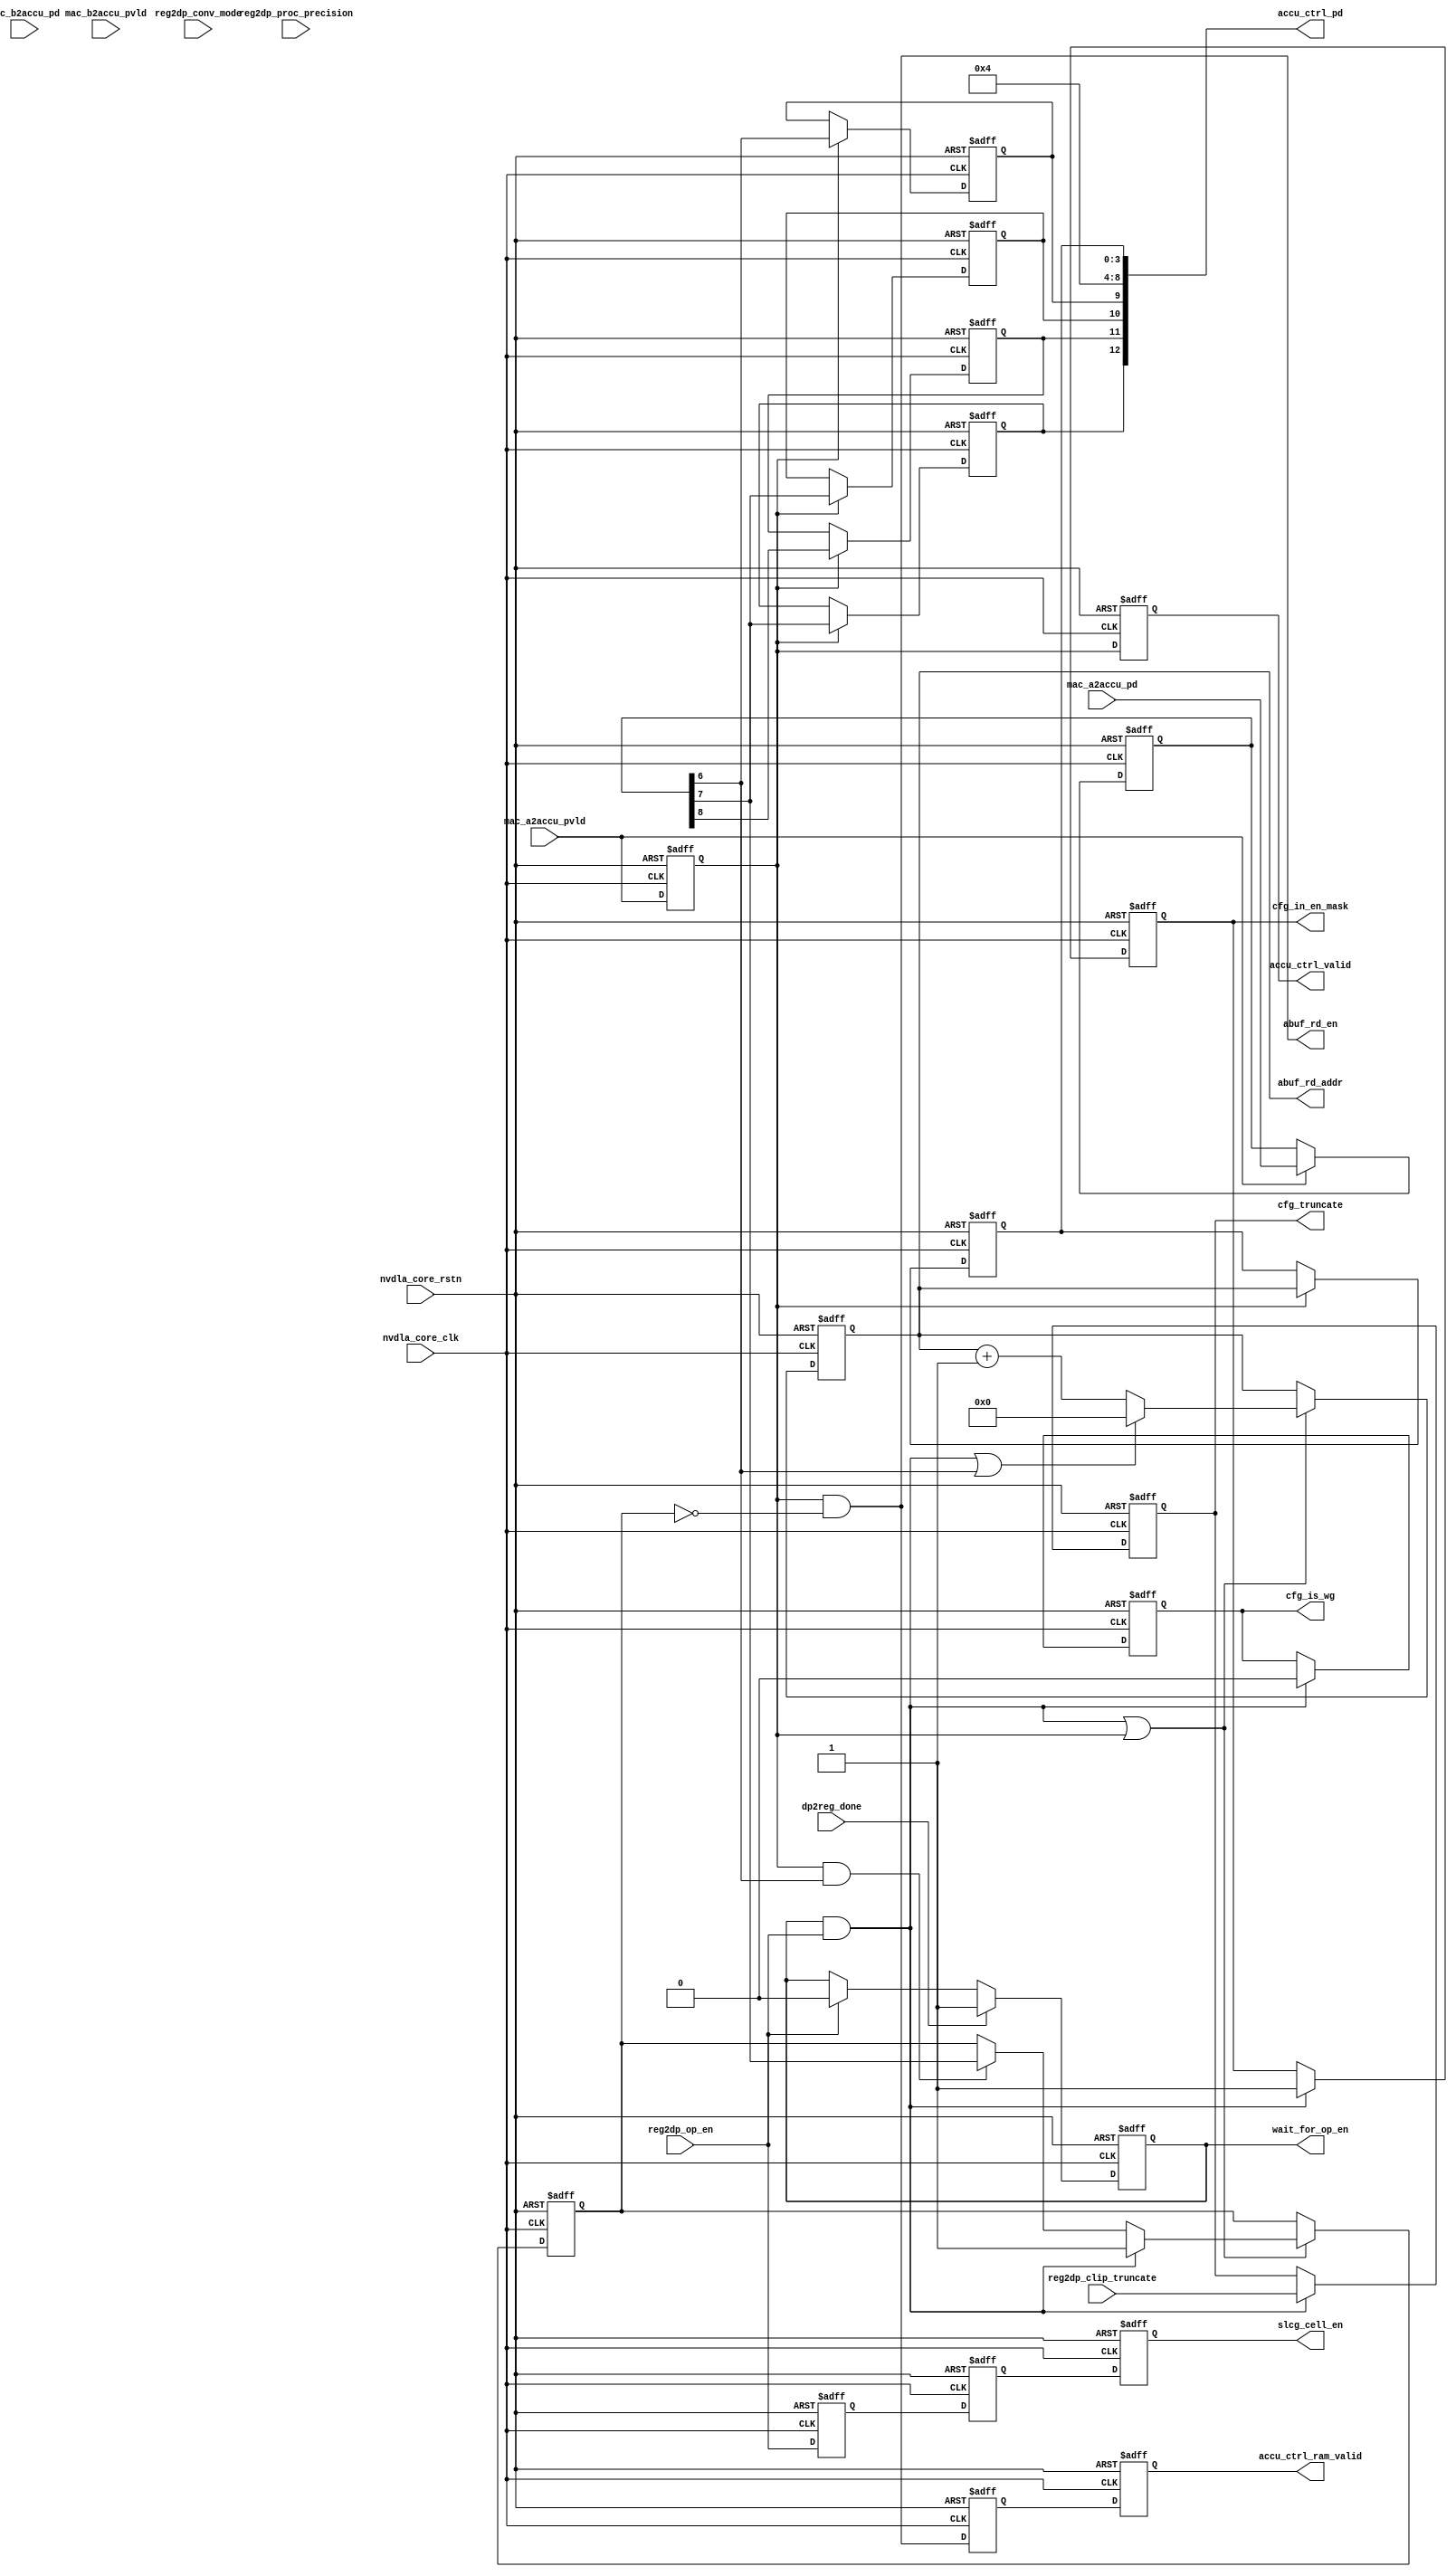
// ================================================================
// NVDLA Open Source Project
//
// Copyright(c) 2016 - 2017 NVIDIA Corporation. Licensed under the
// NVDLA Open Hardware License; Check "LICENSE" which comes with
// this distribution for more information.
// ================================================================
// ================================================================
// NVDLA Open Source Project
// 
// Copyright(c) 2016 - 2017 NVIDIA Corporation.  Licensed under the
// NVDLA Open Hardware License; Check "LICENSE" which comes with 
// this distribution for more information.
// ================================================================
module NV_NVDLA_CACC_assembly_ctrl (
   nvdla_core_clk
  ,nvdla_core_rstn
  ,dp2reg_done
  ,mac_a2accu_pd
  ,mac_a2accu_pvld
  ,mac_b2accu_pd
  ,mac_b2accu_pvld
  ,reg2dp_clip_truncate
  ,reg2dp_conv_mode
  ,reg2dp_op_en
  ,reg2dp_proc_precision
  ,abuf_rd_addr
  ,abuf_rd_en
  ,accu_ctrl_pd
  ,accu_ctrl_ram_valid
  ,accu_ctrl_valid
  ,cfg_in_en_mask
  ,cfg_is_wg
  ,cfg_truncate
  ,slcg_cell_en
  ,wait_for_op_en
  );
input [0:0] reg2dp_op_en;
input [0:0] reg2dp_conv_mode;
input [1:0] reg2dp_proc_precision;
input [4:0] reg2dp_clip_truncate;
output[3 +1 -1:0]abuf_rd_addr;
output abuf_rd_en;
input nvdla_core_clk;
input nvdla_core_rstn;
input dp2reg_done;
input [8:0] mac_a2accu_pd;
input mac_a2accu_pvld;
input [8:0] mac_b2accu_pd; //always equal mac_a2accu_pd
input mac_b2accu_pvld;
output [12:0] accu_ctrl_pd;
output accu_ctrl_ram_valid;
output accu_ctrl_valid;
output cfg_in_en_mask;
output cfg_is_wg;
output [4:0] cfg_truncate;
output slcg_cell_en;
output wait_for_op_en;
// spyglass disable_block NoWidthInBasedNum-ML
// spyglass disable_block STARC-2.10.1.6
// cross partition,1T
//: &eperl::flop("-q  accu_valid  -d \"mac_a2accu_pvld\" -clk nvdla_core_clk -rst nvdla_core_rstn -rval 0");
//: &eperl::flop("-wid 9 -q  accu_pd  -en \"mac_a2accu_pvld\" -d  \"mac_a2accu_pd\" -clk nvdla_core_clk -rst nvdla_core_rstn -rval 0");
//| eperl: generated_beg (DO NOT EDIT BELOW)
reg  accu_valid;
always @(posedge nvdla_core_clk or negedge nvdla_core_rstn) begin
   if (!nvdla_core_rstn) begin
       accu_valid <= 'b0;
   end else begin
       accu_valid <= mac_a2accu_pvld;
   end
end
reg [8:0] accu_pd;
always @(posedge nvdla_core_clk or negedge nvdla_core_rstn) begin
   if (!nvdla_core_rstn) begin
       accu_pd <= 'b0;
   end else begin
       if ((mac_a2accu_pvld) == 1'b1) begin
           accu_pd <= mac_a2accu_pd;
       // VCS coverage off
       end else if ((mac_a2accu_pvld) == 1'b0) begin
       end else begin
           accu_pd <= 'bx;
       // VCS coverage on
       end
   end
end

//| eperl: generated_end (DO NOT EDIT ABOVE)
//////////////////////////////////////////////////////////////
///// generator input status signal                      /////
//////////////////////////////////////////////////////////////
wire accu_stripe_st = accu_pd[5];
wire accu_stripe_end = accu_pd[6];
wire accu_channel_end = accu_pd[7];
wire accu_layer_end = accu_pd[8];
wire is_int8 = (reg2dp_proc_precision == 2'h0);
wire is_winograd = 1'b0;
// SLCG
wire slcg_cell_en_w = reg2dp_op_en;
//: &eperl::flop(" -q  slcg_cell_en_d1  -d \"slcg_cell_en_w\" -clk nvdla_core_clk -rst nvdla_core_rstn -rval 0");
//: &eperl::flop(" -q  slcg_cell_en_d2  -d \"slcg_cell_en_d1\" -clk nvdla_core_clk -rst nvdla_core_rstn -rval 0");
//: &eperl::flop(" -q  slcg_cell_en_d3  -d \"slcg_cell_en_d2\" -clk nvdla_core_clk -rst nvdla_core_rstn -rval 0");
//| eperl: generated_beg (DO NOT EDIT BELOW)
reg  slcg_cell_en_d1;
always @(posedge nvdla_core_clk or negedge nvdla_core_rstn) begin
   if (!nvdla_core_rstn) begin
       slcg_cell_en_d1 <= 'b0;
   end else begin
       slcg_cell_en_d1 <= slcg_cell_en_w;
   end
end
reg  slcg_cell_en_d2;
always @(posedge nvdla_core_clk or negedge nvdla_core_rstn) begin
   if (!nvdla_core_rstn) begin
       slcg_cell_en_d2 <= 'b0;
   end else begin
       slcg_cell_en_d2 <= slcg_cell_en_d1;
   end
end
reg  slcg_cell_en_d3;
always @(posedge nvdla_core_clk or negedge nvdla_core_rstn) begin
   if (!nvdla_core_rstn) begin
       slcg_cell_en_d3 <= 'b0;
   end else begin
       slcg_cell_en_d3 <= slcg_cell_en_d2;
   end
end

//| eperl: generated_end (DO NOT EDIT ABOVE)
wire slcg_cell_en = slcg_cell_en_d3;
// get layer operation begin
wire wait_for_op_en_w = dp2reg_done ? 1'b1 : reg2dp_op_en ? 1'b0 : wait_for_op_en;
//: &eperl::flop(" -q  wait_for_op_en  -d \"wait_for_op_en_w\" -clk nvdla_core_clk -rst nvdla_core_rstn -rval 1");
//| eperl: generated_beg (DO NOT EDIT BELOW)
reg  wait_for_op_en;
always @(posedge nvdla_core_clk or negedge nvdla_core_rstn) begin
   if (!nvdla_core_rstn) begin
       wait_for_op_en <= 1;
   end else begin
       wait_for_op_en <= wait_for_op_en_w;
   end
end

//| eperl: generated_end (DO NOT EDIT ABOVE)
// get address and other contrl
reg cfg_winograd;
reg [3 +1 -1:0] accu_cnt;
wire [3 +1 -1:0] accu_cnt_w;
wire [3 +1 -1:0] accu_cnt_inc;
wire mon_accu_cnt_inc;
reg accu_channel_st;
wire layer_st = wait_for_op_en & reg2dp_op_en;
assign {mon_accu_cnt_inc, accu_cnt_inc} = accu_cnt + 1'b1;
assign accu_cnt_w = (layer_st | accu_stripe_end) ? {3 +1{1'b0}} : accu_cnt_inc;
wire [3 +1 -1:0] accu_addr = accu_cnt;
wire accu_channel_st_w = layer_st ? 1'b1 : (accu_valid & accu_stripe_end) ? accu_channel_end : accu_channel_st;
wire accu_rd_en = accu_valid & (~accu_channel_st);
wire cfg_in_en_mask_w = 1'b1;
//: &eperl::flop("-q accu_ram_valid -d accu_rd_en");
//: &eperl::flop("-nodeclare -q  accu_cnt  -en \"layer_st | accu_valid\" -d  \"accu_cnt_w\" -clk nvdla_core_clk -rst nvdla_core_rstn -rval 0");
//: &eperl::flop("-nodeclare -q  accu_channel_st  -en \"layer_st | accu_valid\" -d  \"accu_channel_st_w\" -clk nvdla_core_clk -rst nvdla_core_rstn -rval 1");
//| eperl: generated_beg (DO NOT EDIT BELOW)
reg  accu_ram_valid;
always @(posedge nvdla_core_clk or negedge nvdla_core_rstn) begin
   if (!nvdla_core_rstn) begin
       accu_ram_valid <= 'b0;
   end else begin
       accu_ram_valid <= accu_rd_en;
   end
end
always @(posedge nvdla_core_clk or negedge nvdla_core_rstn) begin
   if (!nvdla_core_rstn) begin
       accu_cnt <= 'b0;
   end else begin
       if ((layer_st | accu_valid) == 1'b1) begin
           accu_cnt <= accu_cnt_w;
       // VCS coverage off
       end else if ((layer_st | accu_valid) == 1'b0) begin
       end else begin
           accu_cnt <= 'bx;
       // VCS coverage on
       end
   end
end
always @(posedge nvdla_core_clk or negedge nvdla_core_rstn) begin
   if (!nvdla_core_rstn) begin
       accu_channel_st <= 1;
   end else begin
       if ((layer_st | accu_valid) == 1'b1) begin
           accu_channel_st <= accu_channel_st_w;
       // VCS coverage off
       end else if ((layer_st | accu_valid) == 1'b0) begin
       end else begin
           accu_channel_st <= 'bx;
       // VCS coverage on
       end
   end
end

//| eperl: generated_end (DO NOT EDIT ABOVE)
wire accu_ctrl_valid_d0 = accu_valid;
wire accu_ram_valid_d0 = accu_ram_valid;
wire [3 +1 -1:0] accu_addr_d0 = accu_addr;
wire accu_stripe_end_d0 = accu_stripe_end;
wire accu_channel_end_d0 = accu_channel_end;
wire accu_layer_end_d0 = accu_layer_end;
//: &eperl::flop("-nodeclare -q  cfg_winograd  -en \"layer_st\" -d  \"is_winograd\" -clk nvdla_core_clk -rst nvdla_core_rstn -rval 0");
//: &eperl::flop("-wid 5 -q  cfg_truncate  -en \"layer_st\" -d  \"reg2dp_clip_truncate\" -clk nvdla_core_clk -rst nvdla_core_rstn -rval 0");
//: &eperl::flop(" -q  cfg_is_wg  -en \"layer_st\" -d  \"is_winograd\" -clk nvdla_core_clk -rst nvdla_core_rstn -rval 0");
//: &eperl::flop(" -q  cfg_in_en_mask  -en \"layer_st\" -d  \"cfg_in_en_mask_w\" -clk nvdla_core_clk -rst nvdla_core_rstn -rval 0");
//| eperl: generated_beg (DO NOT EDIT BELOW)
always @(posedge nvdla_core_clk or negedge nvdla_core_rstn) begin
   if (!nvdla_core_rstn) begin
       cfg_winograd <= 'b0;
   end else begin
       if ((layer_st) == 1'b1) begin
           cfg_winograd <= is_winograd;
       // VCS coverage off
       end else if ((layer_st) == 1'b0) begin
       end else begin
           cfg_winograd <= 'bx;
       // VCS coverage on
       end
   end
end
reg [4:0] cfg_truncate;
always @(posedge nvdla_core_clk or negedge nvdla_core_rstn) begin
   if (!nvdla_core_rstn) begin
       cfg_truncate <= 'b0;
   end else begin
       if ((layer_st) == 1'b1) begin
           cfg_truncate <= reg2dp_clip_truncate;
       // VCS coverage off
       end else if ((layer_st) == 1'b0) begin
       end else begin
           cfg_truncate <= 'bx;
       // VCS coverage on
       end
   end
end
reg  cfg_is_wg;
always @(posedge nvdla_core_clk or negedge nvdla_core_rstn) begin
   if (!nvdla_core_rstn) begin
       cfg_is_wg <= 'b0;
   end else begin
       if ((layer_st) == 1'b1) begin
           cfg_is_wg <= is_winograd;
       // VCS coverage off
       end else if ((layer_st) == 1'b0) begin
       end else begin
           cfg_is_wg <= 'bx;
       // VCS coverage on
       end
   end
end
reg  cfg_in_en_mask;
always @(posedge nvdla_core_clk or negedge nvdla_core_rstn) begin
   if (!nvdla_core_rstn) begin
       cfg_in_en_mask <= 'b0;
   end else begin
       if ((layer_st) == 1'b1) begin
           cfg_in_en_mask <= cfg_in_en_mask_w;
       // VCS coverage off
       end else if ((layer_st) == 1'b0) begin
       end else begin
           cfg_in_en_mask <= 'bx;
       // VCS coverage on
       end
   end
end

//| eperl: generated_end (DO NOT EDIT ABOVE)
wire abuf_rd_en = accu_rd_en;
wire [3 +1 -1:0] abuf_rd_addr = accu_addr;
// regout
//: my $kk=3 +1;
//: &eperl::flop(" -q  accu_ctrl_valid  -d \"accu_ctrl_valid_d0\" -clk nvdla_core_clk -rst nvdla_core_rstn -rval 0");
//: &eperl::flop(" -q  accu_ctrl_ram_valid  -d \"accu_ram_valid_d0\" -clk nvdla_core_clk -rst nvdla_core_rstn -rval 0");
//: &eperl::flop("-wid ${kk} -q  accu_ctrl_addr  -en \"accu_ctrl_valid_d0\" -d  \"accu_addr_d0\" -clk nvdla_core_clk -rst nvdla_core_rstn -rval 0");
//: &eperl::flop(" -q  accu_ctrl_stripe_end  -en \"accu_ctrl_valid_d0\" -d  \"accu_stripe_end_d0\" -clk nvdla_core_clk -rst nvdla_core_rstn -rval 0");
//: &eperl::flop(" -q  accu_ctrl_channel_end  -en \"accu_ctrl_valid_d0\" -d  \"accu_channel_end_d0\" -clk nvdla_core_clk -rst nvdla_core_rstn -rval 0");
//: &eperl::flop(" -q  accu_ctrl_layer_end  -en \"accu_ctrl_valid_d0\" -d  \"accu_layer_end_d0\" -clk nvdla_core_clk -rst nvdla_core_rstn -rval 0");
//: &eperl::flop(" -q  accu_ctrl_dlv_elem_mask  -en \"accu_ctrl_valid_d0\" -d  \"accu_channel_end_d0\" -clk nvdla_core_clk -rst nvdla_core_rstn -rval 0");
//: my $jj=6-$kk;
//: if ($jj==0) {
//: print "assign       accu_ctrl_pd[5:0]  =     {accu_ctrl_addr}; \n";
//: }
//: elsif ($jj>0) {
//: print "assign       accu_ctrl_pd[5:0]  =     {{${jj}{1'b0}},accu_ctrl_addr}; \n";
//: }
//| eperl: generated_beg (DO NOT EDIT BELOW)
reg  accu_ctrl_valid;
always @(posedge nvdla_core_clk or negedge nvdla_core_rstn) begin
   if (!nvdla_core_rstn) begin
       accu_ctrl_valid <= 'b0;
   end else begin
       accu_ctrl_valid <= accu_ctrl_valid_d0;
   end
end
reg  accu_ctrl_ram_valid;
always @(posedge nvdla_core_clk or negedge nvdla_core_rstn) begin
   if (!nvdla_core_rstn) begin
       accu_ctrl_ram_valid <= 'b0;
   end else begin
       accu_ctrl_ram_valid <= accu_ram_valid_d0;
   end
end
reg [3:0] accu_ctrl_addr;
always @(posedge nvdla_core_clk or negedge nvdla_core_rstn) begin
   if (!nvdla_core_rstn) begin
       accu_ctrl_addr <= 'b0;
   end else begin
       if ((accu_ctrl_valid_d0) == 1'b1) begin
           accu_ctrl_addr <= accu_addr_d0;
       // VCS coverage off
       end else if ((accu_ctrl_valid_d0) == 1'b0) begin
       end else begin
           accu_ctrl_addr <= 'bx;
       // VCS coverage on
       end
   end
end
reg  accu_ctrl_stripe_end;
always @(posedge nvdla_core_clk or negedge nvdla_core_rstn) begin
   if (!nvdla_core_rstn) begin
       accu_ctrl_stripe_end <= 'b0;
   end else begin
       if ((accu_ctrl_valid_d0) == 1'b1) begin
           accu_ctrl_stripe_end <= accu_stripe_end_d0;
       // VCS coverage off
       end else if ((accu_ctrl_valid_d0) == 1'b0) begin
       end else begin
           accu_ctrl_stripe_end <= 'bx;
       // VCS coverage on
       end
   end
end
reg  accu_ctrl_channel_end;
always @(posedge nvdla_core_clk or negedge nvdla_core_rstn) begin
   if (!nvdla_core_rstn) begin
       accu_ctrl_channel_end <= 'b0;
   end else begin
       if ((accu_ctrl_valid_d0) == 1'b1) begin
           accu_ctrl_channel_end <= accu_channel_end_d0;
       // VCS coverage off
       end else if ((accu_ctrl_valid_d0) == 1'b0) begin
       end else begin
           accu_ctrl_channel_end <= 'bx;
       // VCS coverage on
       end
   end
end
reg  accu_ctrl_layer_end;
always @(posedge nvdla_core_clk or negedge nvdla_core_rstn) begin
   if (!nvdla_core_rstn) begin
       accu_ctrl_layer_end <= 'b0;
   end else begin
       if ((accu_ctrl_valid_d0) == 1'b1) begin
           accu_ctrl_layer_end <= accu_layer_end_d0;
       // VCS coverage off
       end else if ((accu_ctrl_valid_d0) == 1'b0) begin
       end else begin
           accu_ctrl_layer_end <= 'bx;
       // VCS coverage on
       end
   end
end
reg  accu_ctrl_dlv_elem_mask;
always @(posedge nvdla_core_clk or negedge nvdla_core_rstn) begin
   if (!nvdla_core_rstn) begin
       accu_ctrl_dlv_elem_mask <= 'b0;
   end else begin
       if ((accu_ctrl_valid_d0) == 1'b1) begin
           accu_ctrl_dlv_elem_mask <= accu_channel_end_d0;
       // VCS coverage off
       end else if ((accu_ctrl_valid_d0) == 1'b0) begin
       end else begin
           accu_ctrl_dlv_elem_mask <= 'bx;
       // VCS coverage on
       end
   end
end
assign       accu_ctrl_pd[5:0]  =     {{2{1'b0}},accu_ctrl_addr}; 

//| eperl: generated_end (DO NOT EDIT ABOVE)
// spyglass enable_block NoWidthInBasedNum-ML
// spyglass enable_block STARC-2.10.1.6
assign accu_ctrl_pd[8:6] = 3'b1; //reserve
assign accu_ctrl_pd[9] = accu_ctrl_stripe_end ;
assign accu_ctrl_pd[10] = accu_ctrl_channel_end ;
assign accu_ctrl_pd[11] = accu_ctrl_layer_end ;
assign accu_ctrl_pd[12] = accu_ctrl_dlv_elem_mask;
endmodule